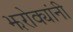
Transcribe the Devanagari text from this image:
झरोक्यांनी